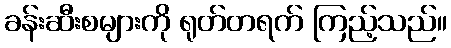
ခန်းဆီးစများကို ရုတ်တရက် ကြည့်သည်။